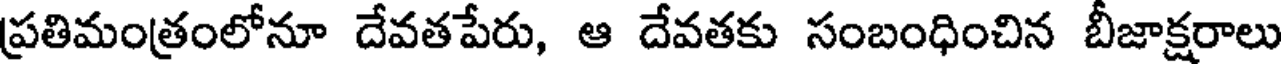
ప్రతిమంత్రంలోనూ దేవతపేరు, ఆ దేవతకు సంబంధించిన బీజాక్షరాలు